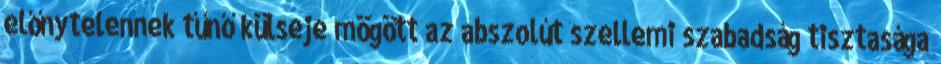
előnytelennek tűnő külseje mögött az abszolút szellemi szabadság tisztasága